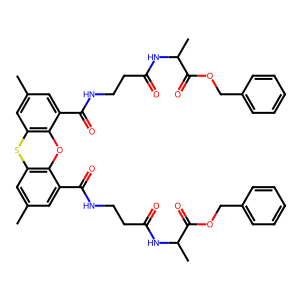
SMILES: Cc1cc2c(c(C(=O)NCCC(=O)NC(C)C(=O)OCc3ccccc3)c1)Oc1c(cc(C)cc1C(=O)NCCC(=O)NC(C)C(=O)OCc1ccccc1)S2
Inhibits HIV replication: No